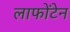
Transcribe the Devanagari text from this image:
लाफोंटेन